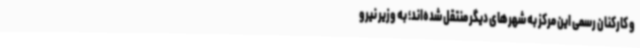
و کارکنان رسمی این مرکز به شهرهای دیگر منتقل شده‌اند؛ به وزیر نیرو